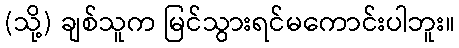
(သို့) ချစ်သူက မြင်သွားရင်မကောင်းပါဘူး။